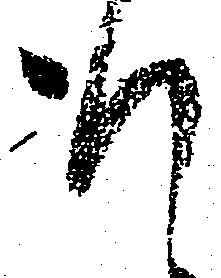
謹